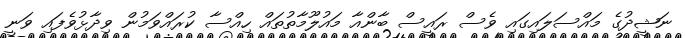
ނަޝީދުގެ މައްސަލައިގައި ވެސް ރައީސް ބާންއާ މައުލޫމާތުތައް ހިއްސާ ކުރައްވަމުން ވިދާޅުވެފައި ވަނީ